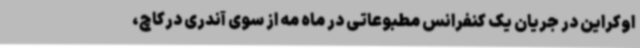
اوکراین در جریان یک کنفرانس مطبوعاتی در ماه مه از سوی آندری درکاچ،